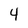
Character: 4